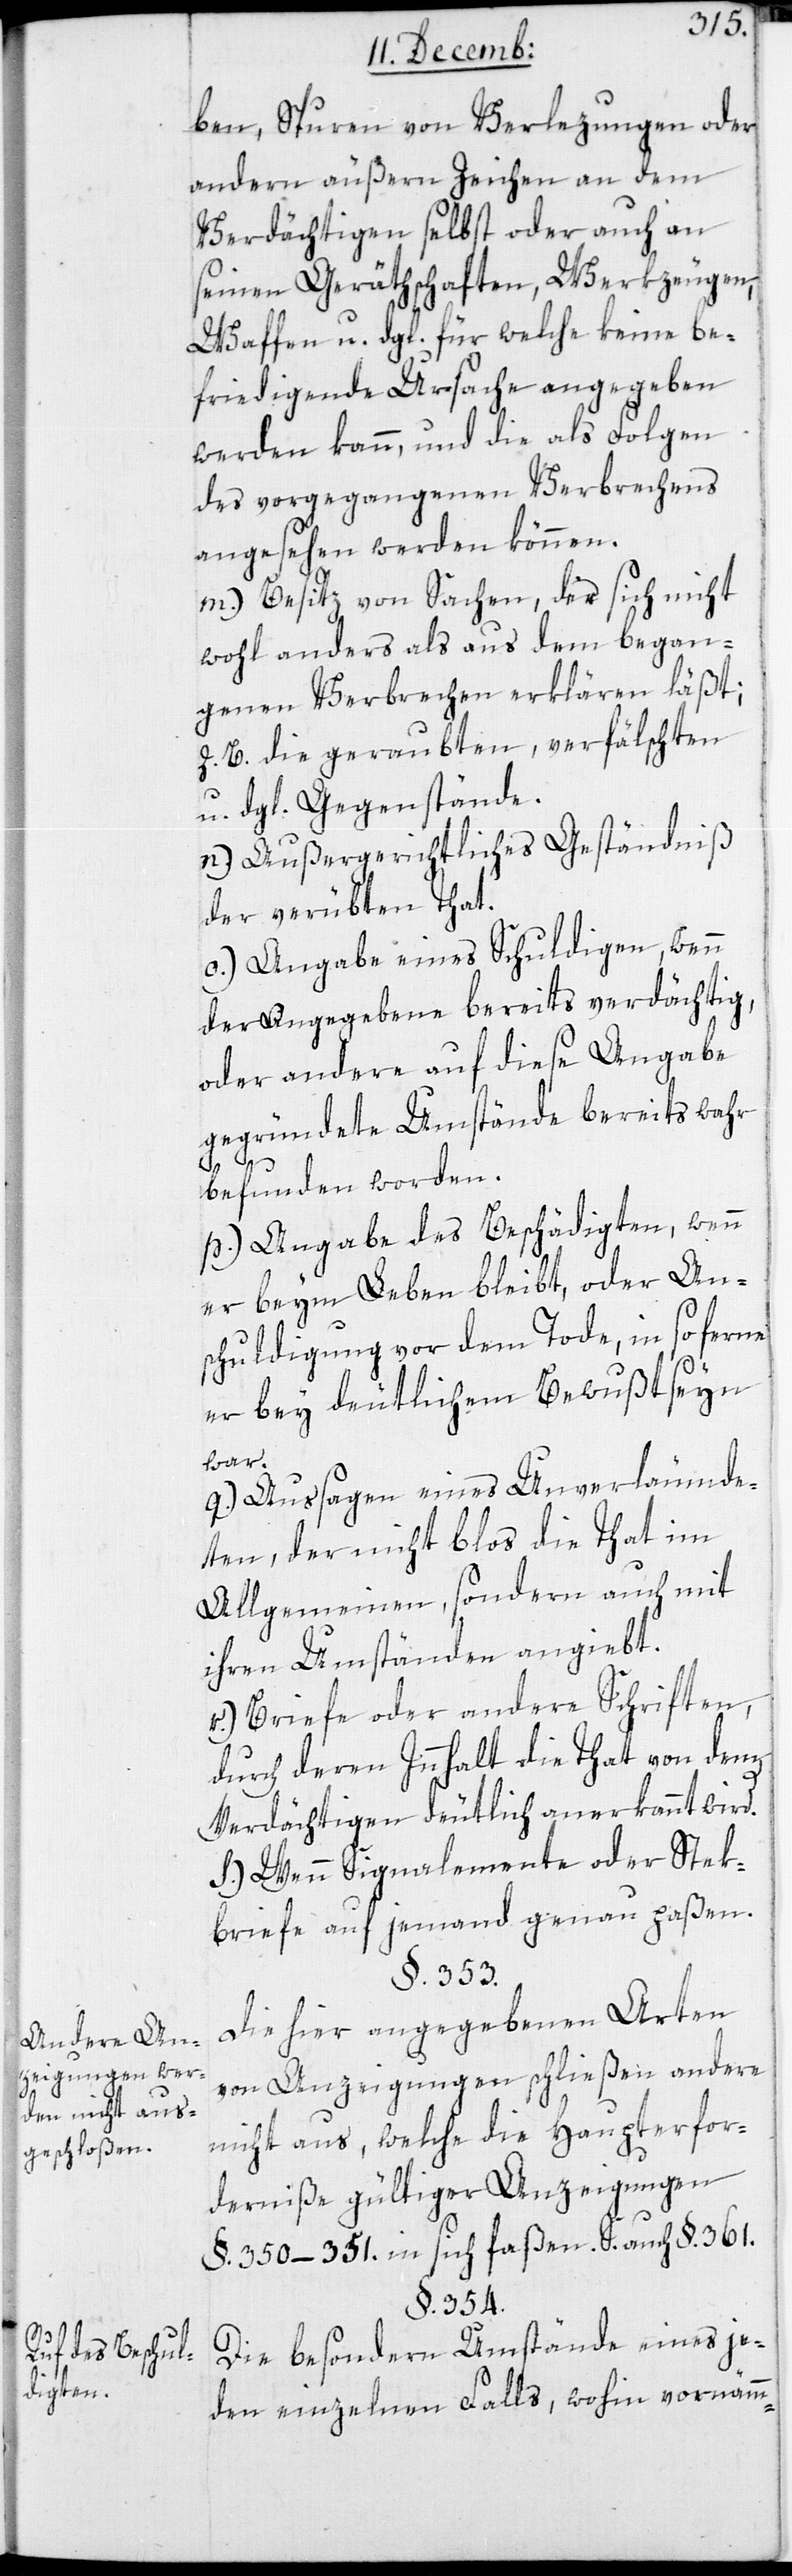
Andere An¬
zeigungen wer¬
R¬
den nicht aus¬
geschloßen.
uf des Beschul¬
digten.

ben, Spuren von Verletzungen oder
andern äußern Zeichen an dem
Verdächtigen selbst, oder auch an
seinen Geräthschaften, Werkzeugen,
Waffen u. dgl., für welche keine be¬
friedigende Ursache angegeben
werden kann, und die als Folgen
des vorgegangenen Verbrechens
angesehen werden können.
m.) Besitz von Sachen, der sich nicht
wohl anders als aus dem began¬
genen Verbrechen erklären läßt;
z. B. die geraubten verfälschten
u. dgl. Gegenstände.
n.) Außergerichtliches Geständniß
der verübten That.
o.) Angabe eines Schuldigen, wenn
der Angegebene bereits verdächtig,
oder andere auf diese Angabe
gegründete Umstände bereits wahr
befunden worden.
p.) Angabe des Beschädigten, wenn
er beim Leben bleibt, oder An¬
schuldigung vor dem Tode, in so ferne
er bey deutlichem Bewußtseyn
war.
q.) Aussagen eines Unverläumde¬
ten, der nicht bloß die That im
Allgemeinen, sondern auch mit
ihren Umständen angiebt.
r.) Briefe oder andere Schriften,
durch deren Innhalt die That von dem
Verdächtigen deutlich anerkannt wird.
s) Wenn Signalemente oder Stek¬
briefe auf jemand genau paßen.
§. 353.
Die hier angegebenen Arten
von Anzeigungen schließen andere
nicht aus, welche die Haupterfor¬
derniße gültiger Anzeigungen
§. 350–351 in sich faßen. S. auch §. 361.
§. 354.
Die besondern Umstände eines je¬
den einzelnen Falls, wohin vornämm-